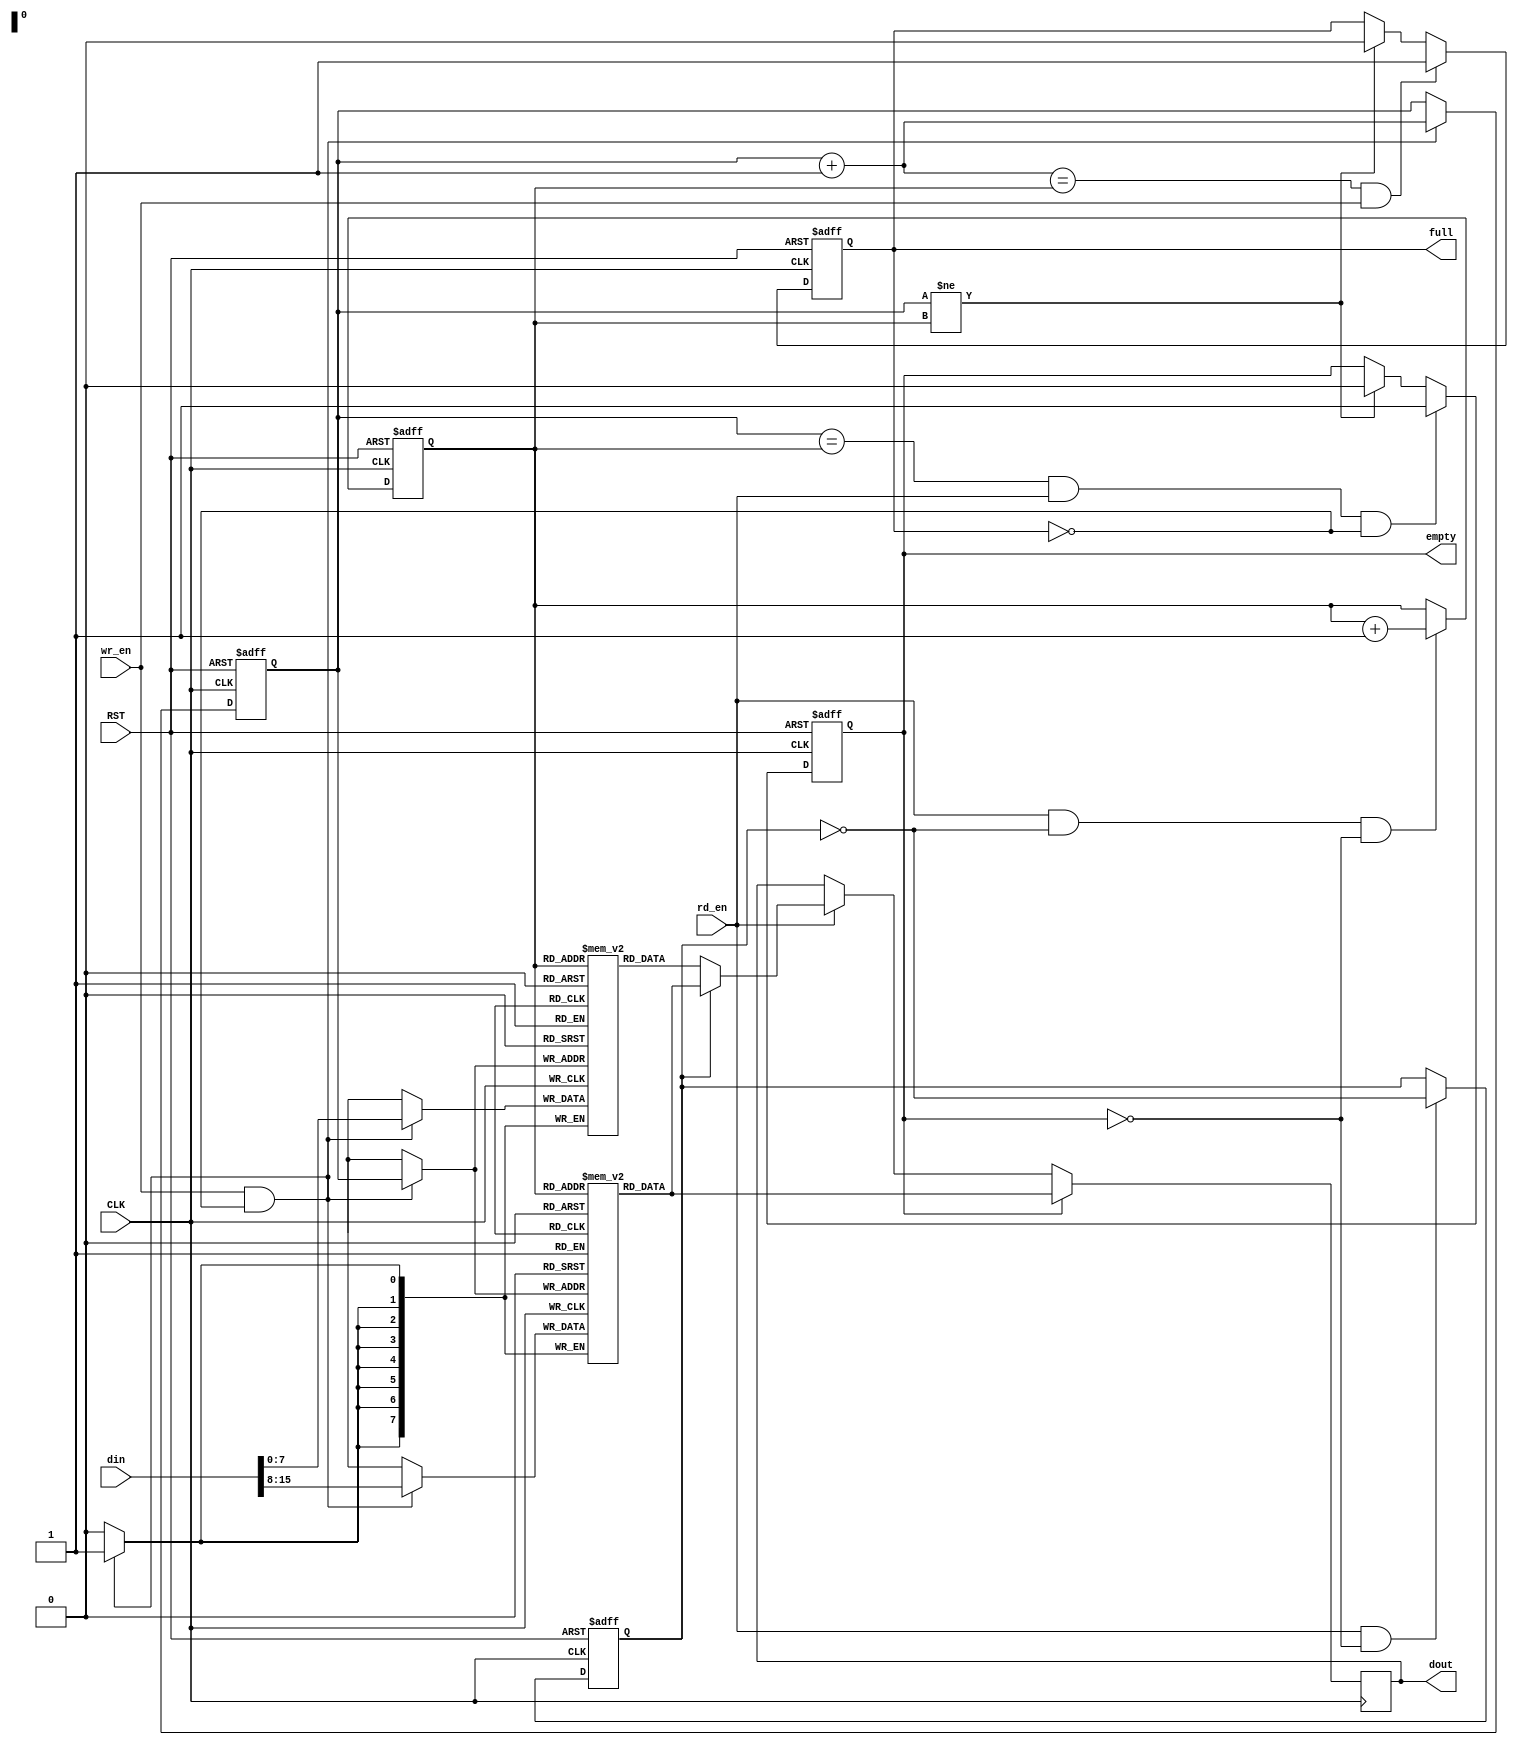
 
// upper first
module fifo_2w1r_fwft
  #(parameter read_width = 8,
    parameter depth_log2 = 8
    )
  (
   input                       CLK,
   input                       RST,

   input [2*read_width-1:0]    din,
   input                       wr_en,
   output reg                  full,

   output reg [read_width-1:0] dout,
   input                       rd_en,
   output reg                  empty
   );

   localparam depth = (1<<depth_log2);
   reg [read_width-1:0]     memu[0:depth-1];
   reg [read_width-1:0]     meml[0:depth-1];

   localparam ptr_zero = {(depth_log2){1'b0}};
   localparam ptr_one  = {{(depth_log2-1){1'b0}}, 1'b1};
   reg [depth_log2-1:0] wrptr;
   reg [depth_log2-1:0] rdptr;
   reg                  u;

   wire [depth_log2-1:0] wrptr_next = wrptr + ptr_one; 

   reg                  empty_1;

   wire [read_width-1:0]     dout_next;

   wire                 next_empty = wrptr != rdptr;
   
   always @(posedge CLK or negedge RST)
     if (!RST) begin
        empty <= 1'b1;
     end else begin
        if (wrptr != rdptr)
          empty <= 1'b0;
        if (wrptr == rdptr && rd_en && !full)
          empty <= 1'b1;
     end

   always @(posedge CLK or negedge RST)
     if (!RST) begin
        full <= 1'b0;
     end else begin
        if (wrptr_next == rdptr && wr_en)
          full <= 1'b1;
        else if (wrptr != rdptr)
          full <= 1'b0;
     end

   always @(posedge CLK or negedge RST)
     if (!RST) begin
        wrptr <= ptr_zero;
     end else begin
        if (wr_en && !full)
          wrptr <= wrptr + ptr_one;
     end

   always @(posedge CLK or negedge RST)
     if (!RST) begin
        rdptr <= ptr_zero;
     end else begin
        if (rd_en && ~u && !empty)
          rdptr <= rdptr + ptr_one;
     end

   always @(posedge CLK or negedge RST)
     if (!RST) begin
        u <= 1'b0;
     end else begin
        if (rd_en && !empty)
          u <= ~u;
     end

   always @(posedge CLK)
     if (wr_en && !full)
       memu[wrptr] <= din[2*read_width-1:read_width];

   always @(posedge CLK)
     if (wr_en && !full)
       meml[wrptr] <= din[read_width-1:0];

   always @(posedge CLK)
     if (empty)
       dout <= memu[rdptr];
     else if (rd_en) begin
        if (u)
          dout <= memu[rdptr];
        else
          dout <= meml[rdptr];
     end

endmodule